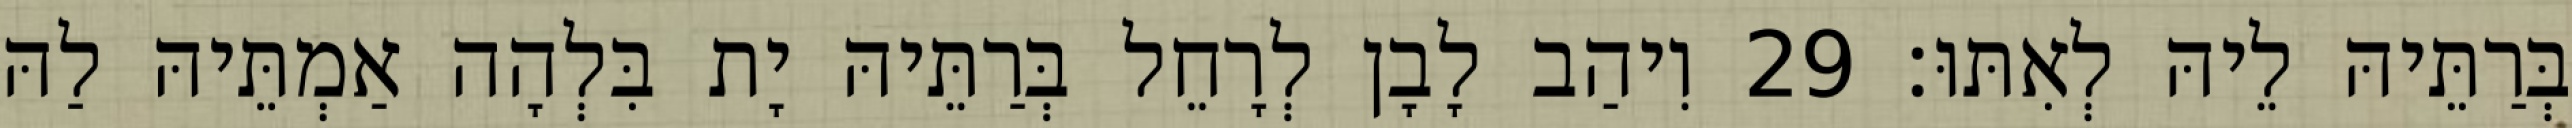
בְּרַתֵּיהּ לֵיהּ לְאִתּוּ׃ 29 וִיהַב לָבָן לְרָחֵל בְּרַתֵּיהּ יָת בִּלְהָה אַמְתֵּיהּ לַהּ